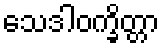
သေဒါဝက္ခိတ္တာ